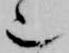
也